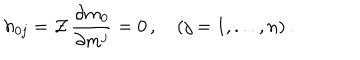
h _ { 0 j } = { \cal Z } \, \frac { \partial m _ { 0 } } { \partial m ^ { j } } = 0 \, , \quad ( j = 1 , . . . , n ) \, .